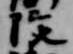
院